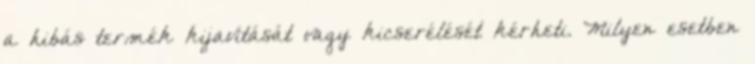
a hibás termék kijavítását vagy kicserélését kérheti. Milyen esetben